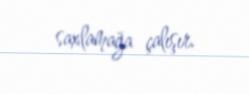
saxlamağa çalışır.